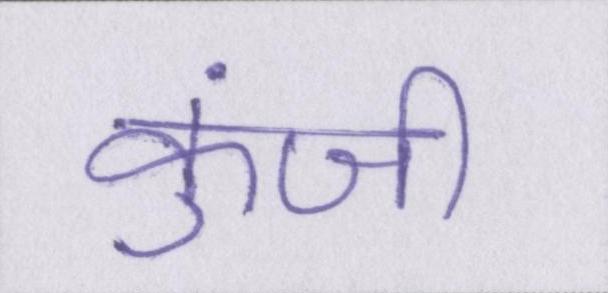
कुंजी